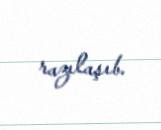
razılaşıb.